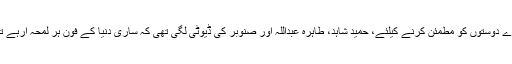
سارے دوستوں کو مطمئن کرنے کیلئے، حمید شاہد، طاہرہ عبداللہ اور صنوبر کی ڈیوٹی لگی تھی کہ ساری دنیا کے فون ہر لمحہ آرہے تھے۔